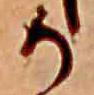
か